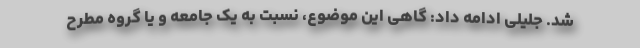
شد. جلیلی ادامه داد: گاهی این موضوع، نسبت به یک جامعه و یا گروه مطرح